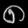
Digit: ၈